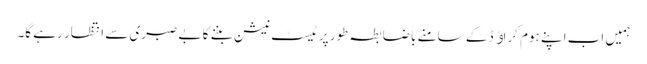
ہمیں اب اپنے ہوم کراﺅڈ کے سامنے باضابطہ طور پر ٹیسٹ نیشن بننے کا بے صبری سے انتظار رہے گا۔